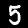
Digit: 5